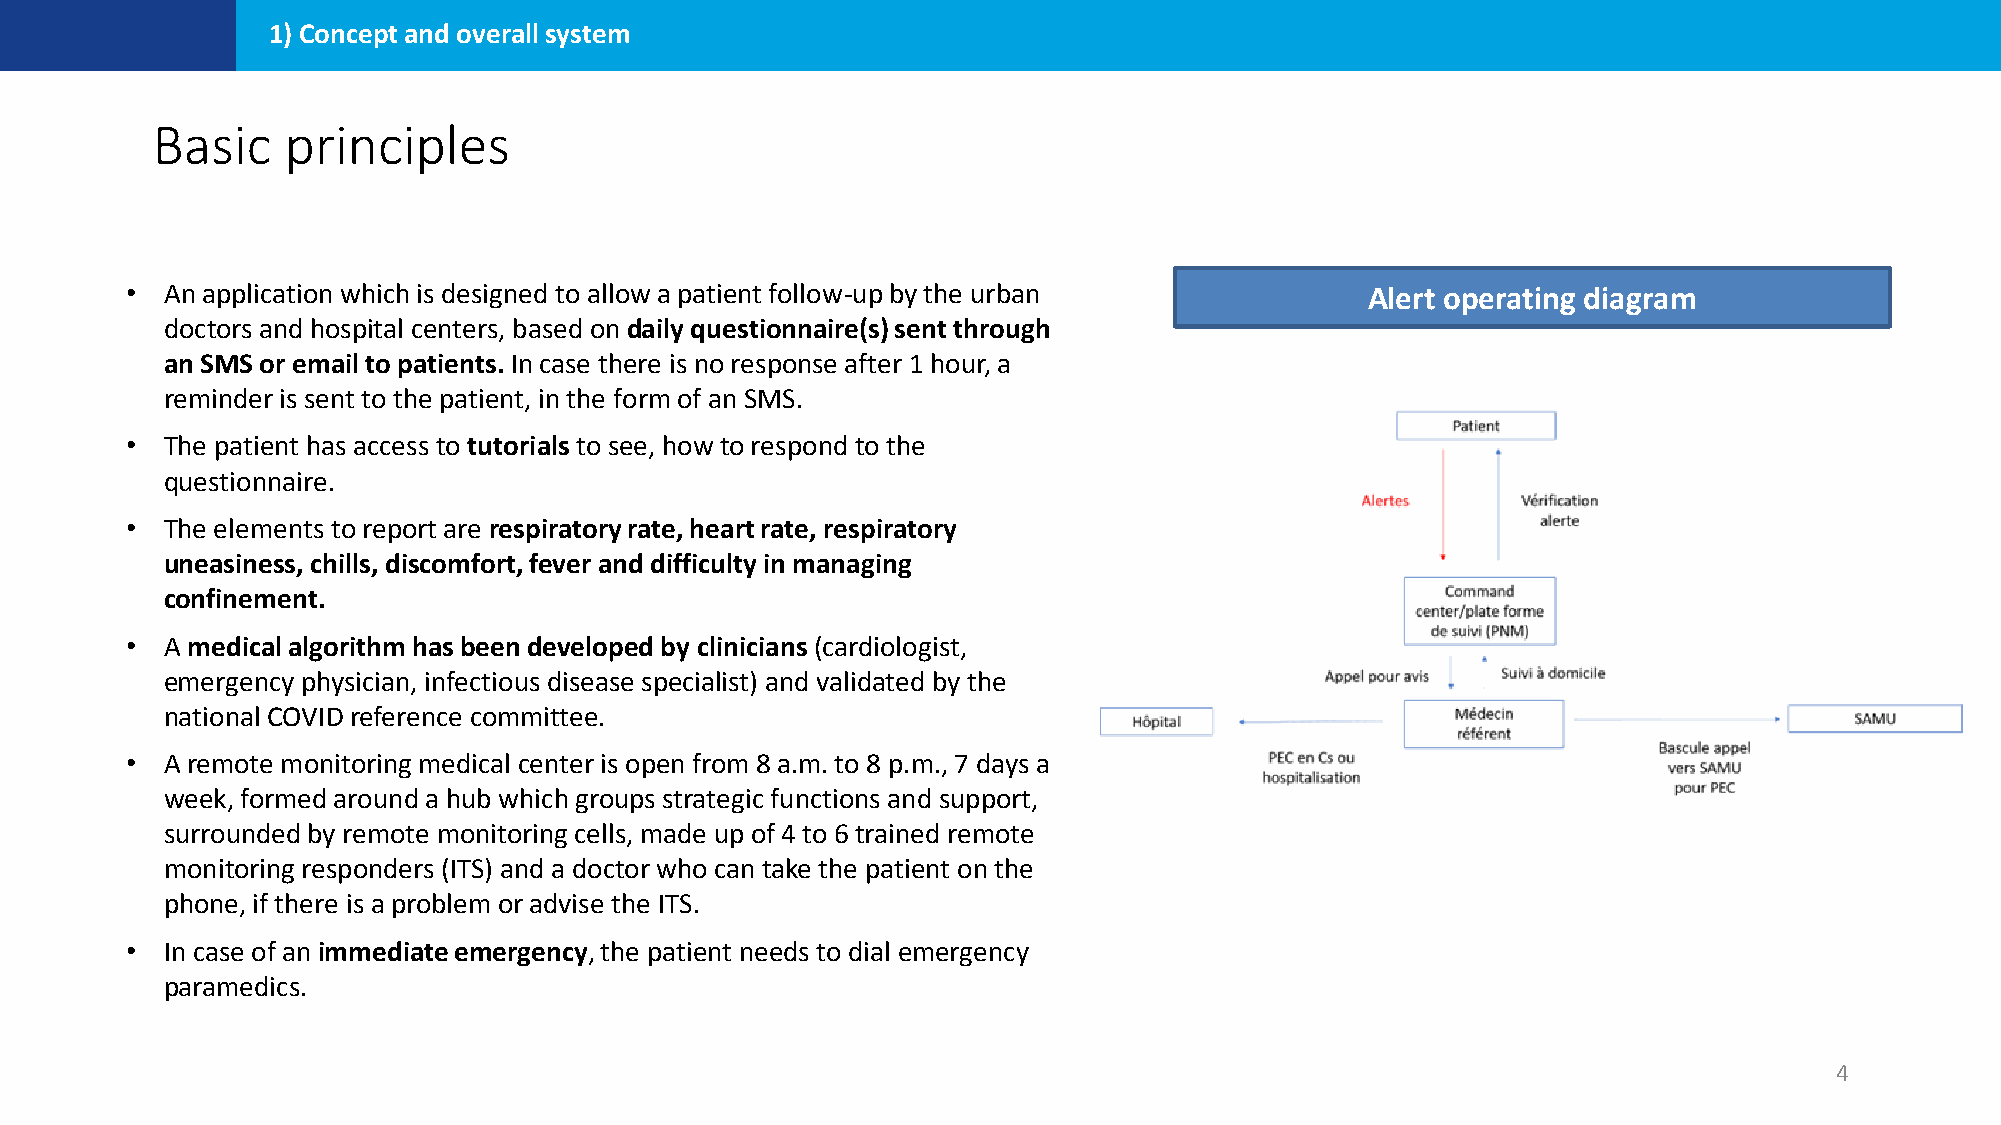
1) Concept and overall system
 Basic    principles
 •  An application which is designed to allow a patient follow-up by the urban     Alert operating diagram
 doctors and hospital centers, based on daily questionnaire(s) sent through
 an SMS or email to patients. In case there is no response after 1 hour, a
 reminder is sent to the patient, in the form of an SMS.
 •  The patient has access to tutorialsto see, how to respond to the
 questionnaire.
 •  The elements to report are respiratory rate, heart rate, respiratory
 uneasiness, chills, discomfort, fever and difficulty in managing
 confinement.
 •  A medical algorithm has been developed by clinicians (cardiologist,
 emergency physician, infectious disease specialist) and validated by the
 national COVID reference committee.
 •  A remote monitoring medical center is open from 8 a.m. to 8 p.m., 7 days a
 week, formed around a hub which groups strategic functions and support,
 surrounded by remote monitoring cells, made up of 4 to 6 trained remote
 monitoring responders (ITS) and a doctor who can take the patient on the
 phone, if there is a problem or advise the ITS.
 •  In case of an immediate emergency, the patient needs to dial emergency
 paramedics.
 4